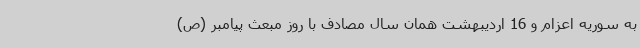
به سوریه اعزام و 16 اردیبهشت همان سال مصادف با روز مبعث پیامبر (ص)